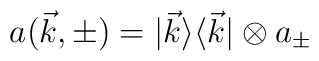
a(\vec k,\pm)=|\vec k\rangle\langle \vec k|\otimes a_\pm